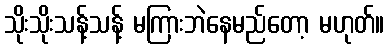
သိုးသိုးသန့်သန့် မကြားဘဲနေမည်တော့ မဟုတ်။